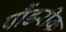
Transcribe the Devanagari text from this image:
पौंडरीक